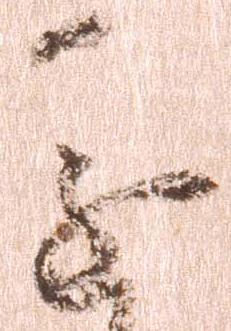
進